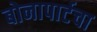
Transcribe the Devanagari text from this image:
बोनापार्टचा